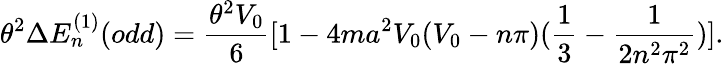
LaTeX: \theta^{2}\Delta E_{n}^{(1)}(odd)=\frac{\theta^{2}V_{0}}{6}[1-4ma^{2}V_{0}(V_{0}-n\pi)(\frac{1}{3}-\frac{1}{2n^{2}\pi^{2}})].